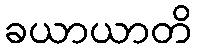
ခယာယာတိ